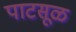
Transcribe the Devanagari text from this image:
पाटसूळ